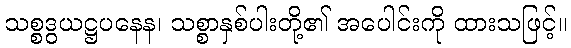
သစ္စဒွယဋ္ဌပနေန၊ သစ္စာနှစ်ပါးတို့၏ အပေါင်းကို ထားသဖြင့်။